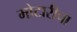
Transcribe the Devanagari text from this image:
मोटारीचा